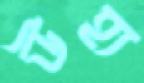
উহ্য